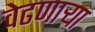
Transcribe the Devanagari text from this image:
वेढणार्‍या